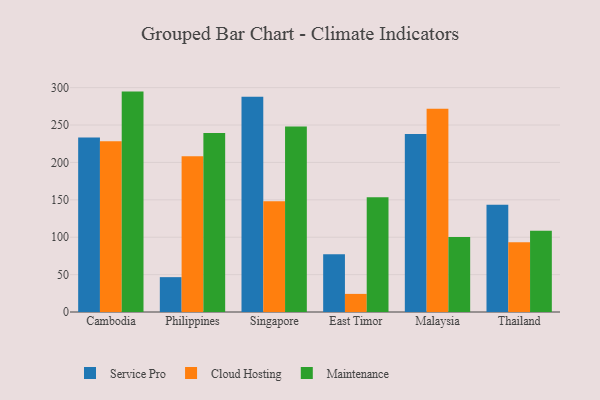
{"axis": {"x": "Country", "y": "Production Output"}, "legend": ["Cloud Hosting", "Maintenance", "Service Pro"], "data": [{"x": "Cambodia", "y": 233.2, "type": "Service Pro"}, {"x": "Cambodia", "y": 228.2, "type": "Cloud Hosting"}, {"x": "Cambodia", "y": 294.7, "type": "Maintenance"}, {"x": "Philippines", "y": 46.6, "type": "Service Pro"}, {"x": "Philippines", "y": 208.3, "type": "Cloud Hosting"}, {"x": "Philippines", "y": 239.2, "type": "Maintenance"}, {"x": "Singapore", "y": 287.8, "type": "Service Pro"}, {"x": "Singapore", "y": 148.0, "type": "Cloud Hosting"}, {"x": "Singapore", "y": 248.0, "type": "Maintenance"}, {"x": "East Timor", "y": 77.1, "type": "Service Pro"}, {"x": "East Timor", "y": 24.2, "type": "Cloud Hosting"}, {"x": "East Timor", "y": 153.5, "type": "Maintenance"}, {"x": "Malaysia", "y": 238.1, "type": "Service Pro"}, {"x": "Malaysia", "y": 271.9, "type": "Cloud Hosting"}, {"x": "Malaysia", "y": 100.4, "type": "Maintenance"}, {"x": "Thailand", "y": 143.3, "type": "Service Pro"}, {"x": "Thailand", "y": 93.2, "type": "Cloud Hosting"}, {"x": "Thailand", "y": 108.7, "type": "Maintenance"}]}